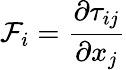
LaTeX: \mathcal{F}_{i}=\frac{\partial\tau_{ij}}{\partial x_{j}}